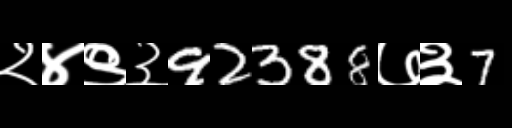
Text: २४९३92388७३7